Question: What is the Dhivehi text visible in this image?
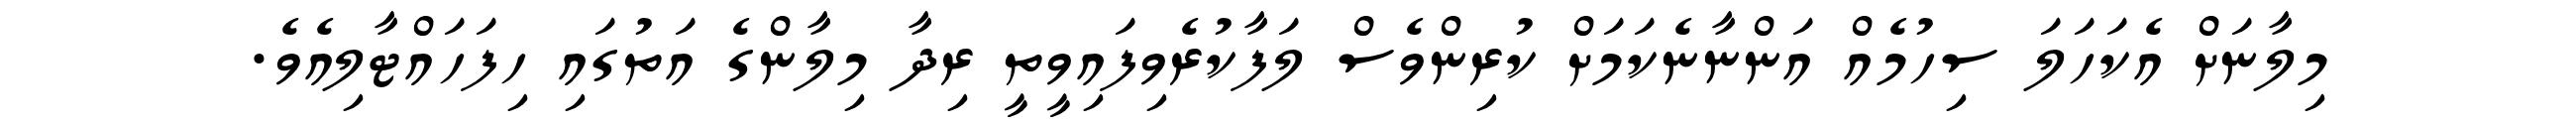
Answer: މިލާނަށް އެކަހަލަ ސިހުމެއް އަންނާނެކަމަށް ކުރިންވެސް ލަފާކުރެވިފައިވީތީ ރިދާ މިލާންގެ އަތުގައި ހިފަހައްޓާލިއެވެ.